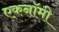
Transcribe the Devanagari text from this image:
एकनॉमी